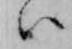
ハ